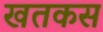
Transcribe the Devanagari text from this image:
खतकस